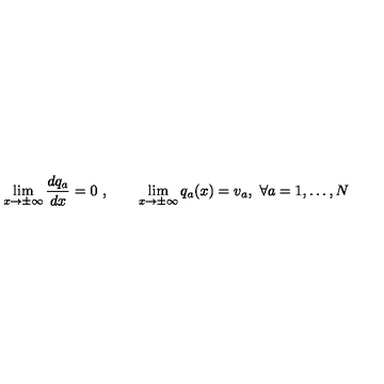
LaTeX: \lim _ { x \to \pm \infty } \frac { d q _ { a } } { d x } = 0 \ , \qquad \lim _ { x \to \pm \infty } q _ { a } ( x ) = v _ { a } , \ \forall a = 1 , \dots , N